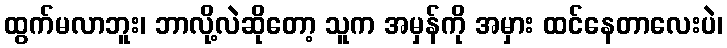
ထွက်မလာဘူး၊ ဘာလို့လဲဆိုတော့ သူက အမှန်ကို အမှား ထင်နေတာလေးပဲ၊